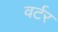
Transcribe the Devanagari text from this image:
वर्टर